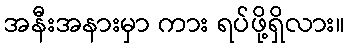
အနီးအနားမှာ ကား ရပ်ဖို့ရှိလား။